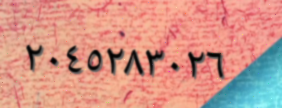
٢٠٤٥٢٨٣٠٢٦